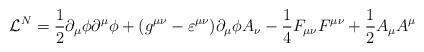
LaTeX: \begin{align*}{\cal{L}}^N = \frac{1}{2} \partial_\mu \phi \partial^\mu \phi + (g^{\mu\nu} - \varepsilon^{\mu\nu}) \partial_\mu\phi A_\nu - \frac{1}{4} F_{\mu\nu} F^{\mu\nu} + \frac{1}{2} A_\mu A^\mu \end{align*}